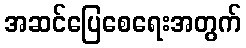
အဆင်ပြေစေရေးအတွက်